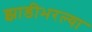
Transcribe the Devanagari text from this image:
झाडीभरल्या